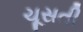
ચૂસતી